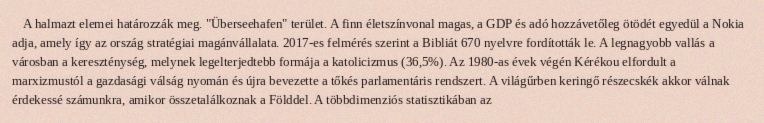
A halmazt elemei határozzák meg. "Überseehafen" terület. A finn életszínvonal magas, a GDP és adó hozzávetőleg ötödét egyedül a Nokia adja, amely így az ország stratégiai magánvállalata. 2017-es felmérés szerint a Bibliát 670 nyelvre fordították le. A legnagyobb vallás a városban a kereszténység, melynek legelterjedtebb formája a katolicizmus (36,5%). Az 1980-as évek végén Kérékou elfordult a marxizmustól a gazdasági válság nyomán és újra bevezette a tőkés parlamentáris rendszert. A világűrben keringő részecskék akkor válnak érdekessé számunkra, amikor összetalálkoznak a Földdel. A többdimenziós statisztikában az